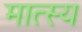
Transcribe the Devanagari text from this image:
मात्स्य